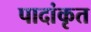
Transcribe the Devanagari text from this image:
पादांकृत